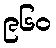
၉၆၀